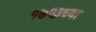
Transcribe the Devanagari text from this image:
१७९३च्या